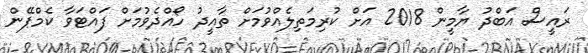
ރައީސް އަބްދު ޔާމީން 2018 އަށް ކުރިމަތިލެއްވުމަށް ތާއީދު ހޯއްދެވުމަށް ފައްޓަވާ ކެމްޕޭން